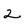
Character: 2